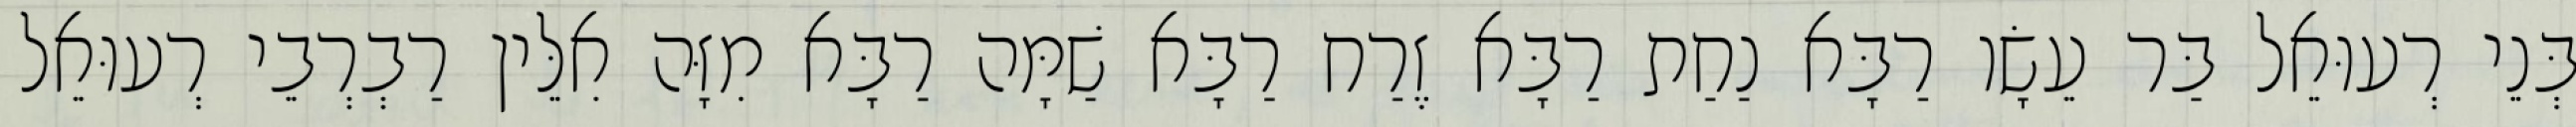
בְּנֵי רְעוּאֵל בַּר עֵשָׂו רַבָּא נַחַת רַבָּא זֶרַח רַבָּא שַׁמָּה רַבָּא מִזָּה אִלֵּין רַבְרְבֵי רְעוּאֵל